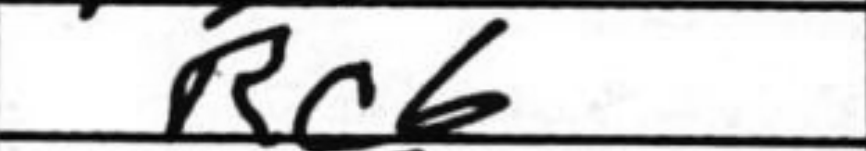
Transcription: Rc6